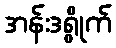
အန်းဒရွိုက်